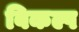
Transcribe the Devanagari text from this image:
बिकल्प